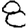
Digit: 8